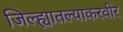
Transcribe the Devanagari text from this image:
जिल्ह्यातल्याकरवीर